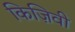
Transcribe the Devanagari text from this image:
किज़िवी